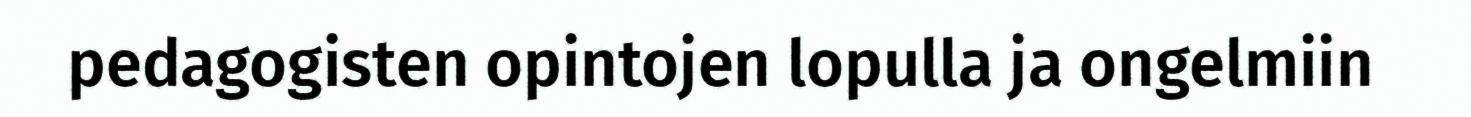
pedagogisten opintojen lopulla ja ongelmiin